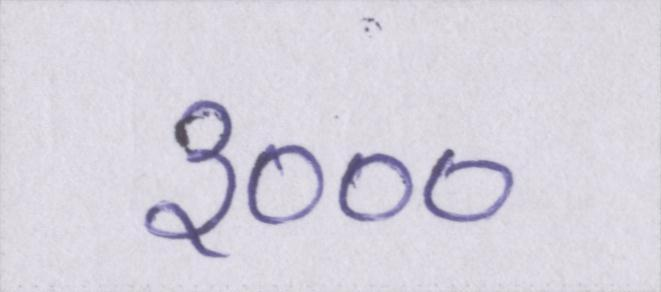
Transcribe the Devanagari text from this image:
३०००